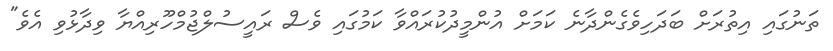
ތަނުގައި އިތުރަށް ބަދަހިވެގެންދާނެ ކަމަށް އުންމީދުކުރައްވާ ކަމުގައި ވެސް ރައީސުލްޖުމްހޫރިއްޔާ ވިދާޅުވި އެވެ"